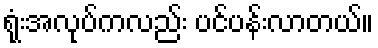
ရုံးအလုပ်ကလည်း ပင်ပန်းလာတယ်။